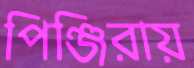
পিঞ্জিরায়